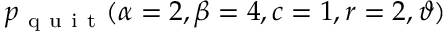
\displaystyle p _ { \mathrm { ~ q ~ u ~ i ~ t ~ } } ( \alpha = 2 , \beta = 4 , c = 1 , r = 2 , \vartheta )